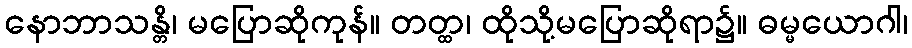
နောဘာသန္တိ၊ မပြောဆိုကုန်။ တတ္ထ၊ ထိုသို့မပြောဆိုရာ၌။ ဓမ္မယောဂါ၊